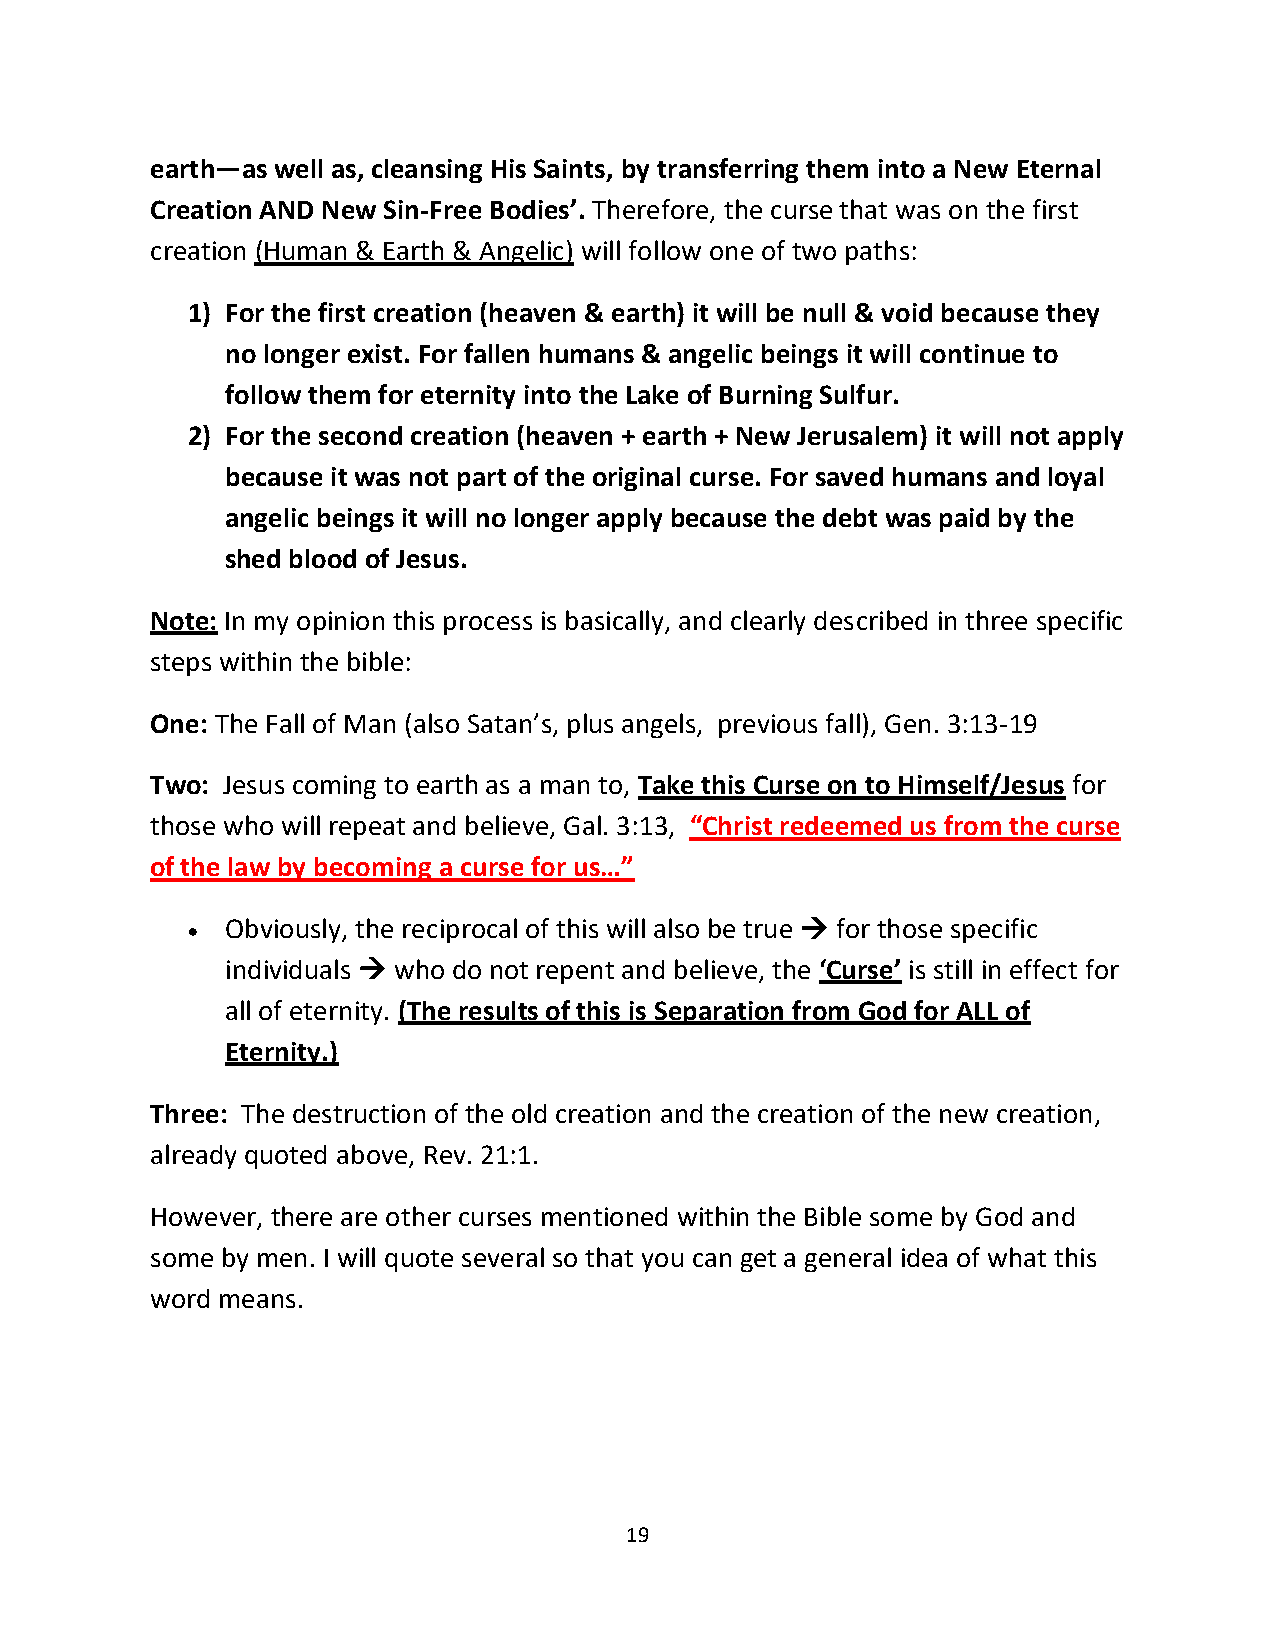
earth—as well as, cleansing His Saints, by transferring them into a New Eternal
 Creation AND New Sin-Free Bodies’. Therefore, the curse that was on the first
 creation (Human & Earth & Angelic) will follow one of two paths:
 1) For the first creation (heaven & earth) it will be null & void because they
 no longer exist. For fallen humans & angelic beings it will continue to
 follow them for eternity into the Lake of Burning Sulfur.
 2) For the second creation (heaven + earth + New Jerusalem) it will not apply
 because it was not part of the original curse. For saved humans and loyal
 angelic beings it will no longer apply because the debt was paid by the
 shed blood of Jesus.
 Note: In my opinion this process is basically, and clearly described in three specific
 steps within the bible:
 One: The Fall of Man (also Satan’s, plus angels, previous fall), Gen. 3:13-19
 Two: Jesus coming to earth as a man to, Take this Curse on to Himself/Jesus for
 those who will repeat and believe, Gal. 3:13, “Christ redeemed us from the curse
 of the law by becoming a curse for us…”
 •  Obviously, the reciprocal of this will also be true → for those specific
 individuals → who do not repent and believe, the ‘Curse’ is still in effect for
 all of eternity. (The results of this is Separation from God for ALL of
 Eternity.)
 Three: The destruction of the old creation and the creation of the new creation,
 already quoted above, Rev. 21:1.
 However, there are other curses mentioned within the Bible some by God and
 some by men. I will quote several so that you can get a general idea of what this
 word means.
 19